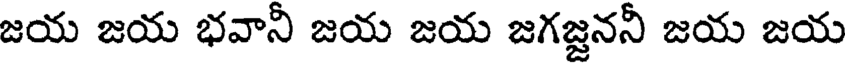
జయ జయ భవానీ జయ జయ జగజ్జననీ జయ జయ